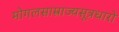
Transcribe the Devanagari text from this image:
मोगलसाम्राज्यसूत्रधारो